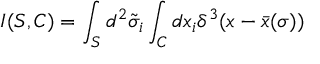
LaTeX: I ( S , C ) = \int _ { S } d ^ { 2 } \tilde { \sigma } _ { i } \int _ { C } d x _ { i } \delta ^ { 3 } ( x - \bar { x } ( \sigma ) )